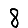
Digit: 8